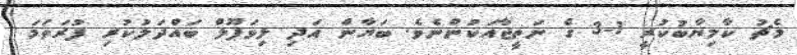
މެޗު ކާމިޔާބުކުރީ 1-3 ގެ ނަތީޖާއަކުންނެވެ. ބަޔާން އަދި ލިވަޕޫލް ބައްދަލުކުރި ފުރަތަމަ